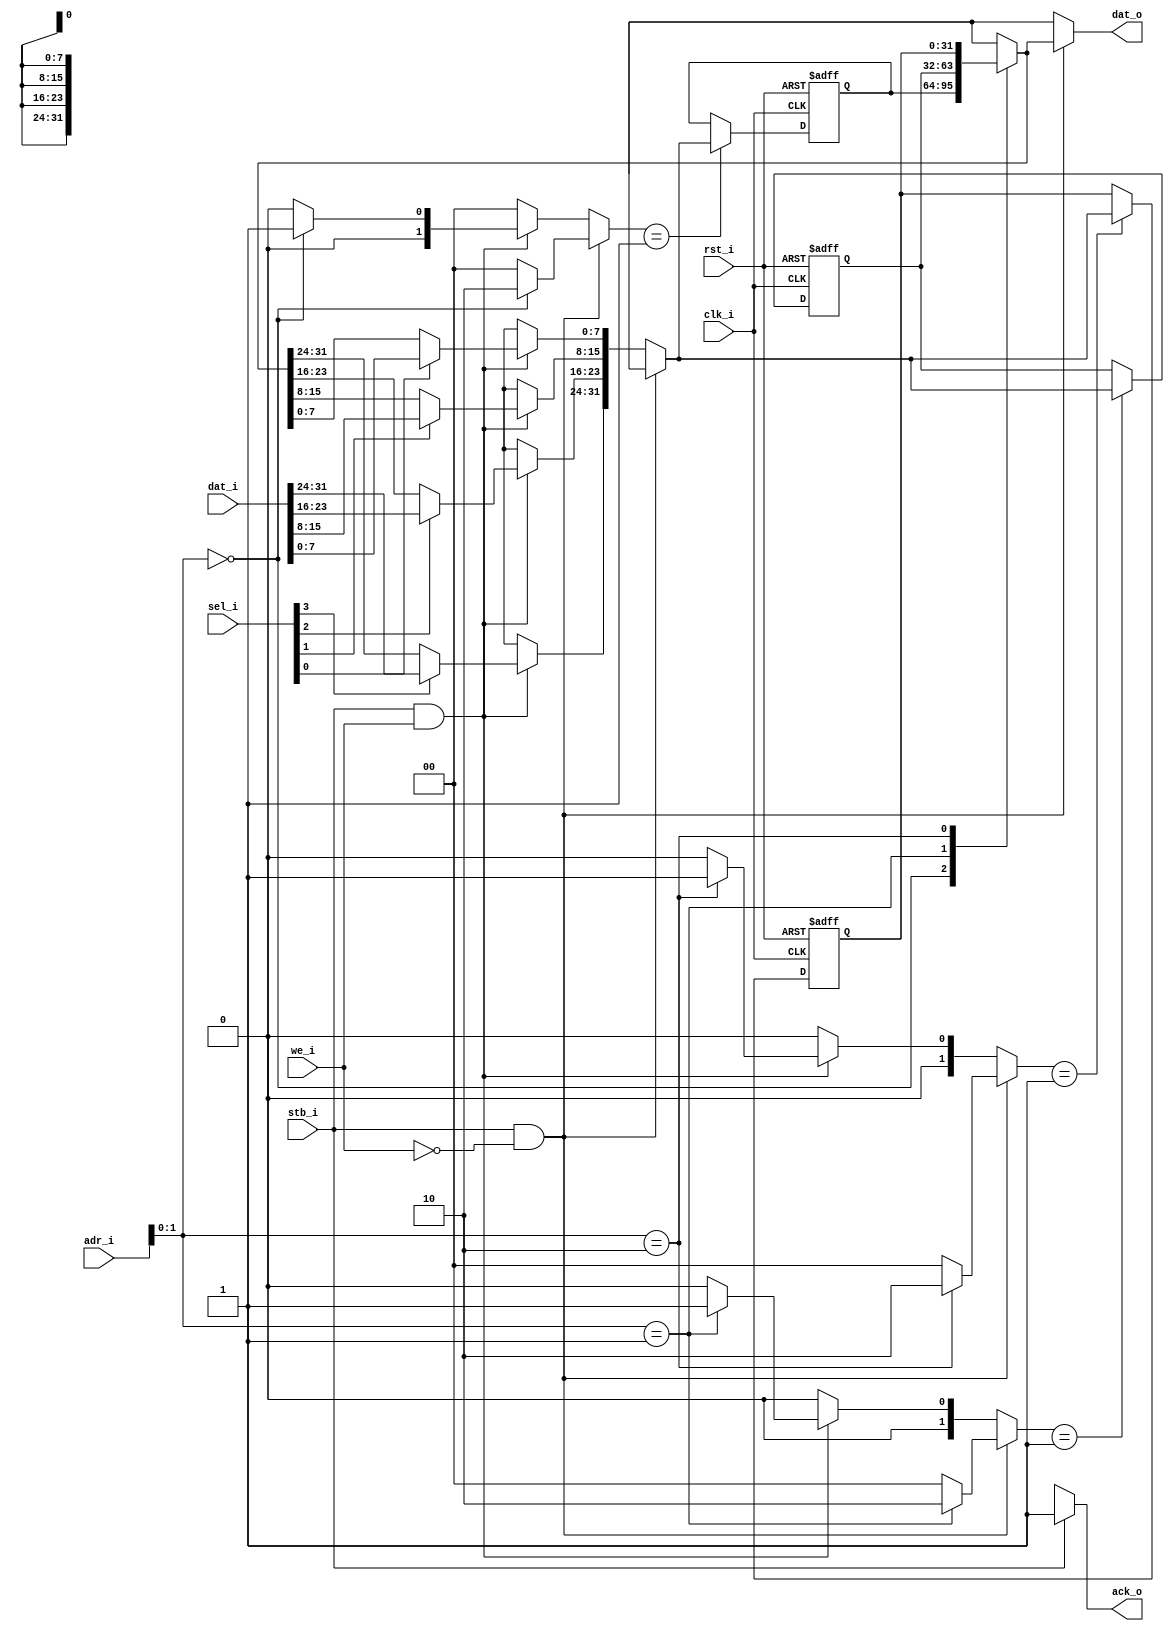
`timescale 1ns/1ns

module template (
    input clk_i,
    input rst_i,

    input stb_i,
    input we_i,
    input [31:2] adr_i,
    input [3:0] sel_i,
    input [31:0] dat_i,
    output reg [31:0] dat_o,
    output reg ack_o
);


`define REGISTERNR 3
//Acknowledge transfer
always @(*) begin
    ack_o = 1'bx;
    if (stb_i) begin //Here you can define when a transaction is done. In this case: In the same clock cycle
        ack_o = 1'b1;
    end
end
//register demutex
`define REG_IDLE 2'b00
`define REG_WRITE 2'b01
`define REG_READ 2'b10
reg [31:0] registerInput;
wire [31:0] registerOutputs [`REGISTERNR-1:0]; // the current output values of the registers. the registers themselve are done in custom code
reg [1:0] registerStatus [`REGISTERNR-1:0]; // The status wires of the resgisters. To be used by custom code
reg [$clog2(`REGISTERNR+1)-1:0] regSelect;
integer i;
always @(*) begin
    regSelect = adr_i[$clog2(`REGISTERNR+1)+1:2]; //Find out witch regiuster is addressed
    for (i = 0; i < `REGISTERNR; i = i+1 ) begin //Default outputs for all other registers
        dat_o = 32'hxxxxxxxx;
        registerStatus[i] = `REG_IDLE;
        registerInput = 32'hxxxxxxxx;
    end
    if (stb_i && !we_i) begin //read a register
        dat_o = registerOutputs[regSelect];
        registerStatus[regSelect] = `REG_READ;
    end
    else if (stb_i && we_i) begin //write a register
        registerInput[31:24] = sel_i[3] ? dat_i[31:24] : registerOutputs[regSelect][31:24];
        registerInput[23:16] = sel_i[2] ? dat_i[23:16] : registerOutputs[regSelect][23:16];
        registerInput[15:8]  = sel_i[1] ? dat_i[15:8]  : registerOutputs[regSelect][15:8];
        registerInput[7:0]   = sel_i[0] ? dat_i[7:0]   : registerOutputs[regSelect][7:0];
        registerStatus[regSelect] = `REG_WRITE;
    end
end

//Custom code from here on

reg [31:0] reg1;
always @(posedge(clk_i),posedge(rst_i)) begin
    if (rst_i) reg1 <= 32'h12345678;
    else if (clk_i) begin
        if (registerStatus[0] == `REG_WRITE) reg1 <= registerInput; //map the input of register #0 to reg1
    end
end
assign registerOutputs[0] = reg1; //map the output of register #0 to reg1

reg [31:0] reg2;
always @(posedge(clk_i),posedge(rst_i)) begin
    if (rst_i) reg2 <= 32'h03051996;
    else if (clk_i) begin
        if (registerStatus[1] == `REG_WRITE) reg2 <= registerInput;
    end
end
assign registerOutputs[1] = reg2;

reg [31:0] reg3;
always @(posedge(clk_i),posedge(rst_i)) begin
    if (rst_i) reg3 <= 32'hDEADDEAD;
    else if (clk_i) begin
        if (registerStatus[2] == `REG_WRITE) reg3 <= registerInput;
    end
end
assign registerOutputs[2] = reg3;

endmodule